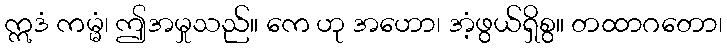
ဣဒံ ကမ္မံ၊ ဤအမှုသည်။ ကေ ဟု အဟော၊ အံ့ဖွယ်ရှိစွ။ တထာဂတော၊